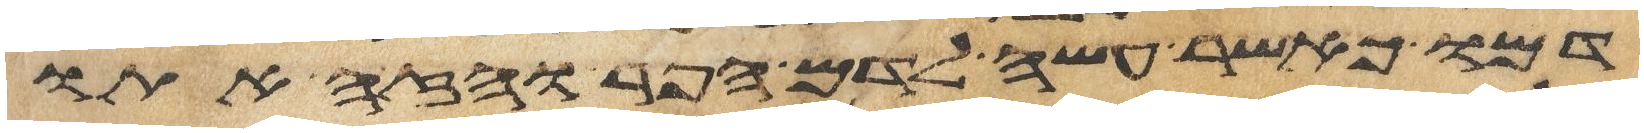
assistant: דמו כאשר עשה לדם הפר והזה אתו